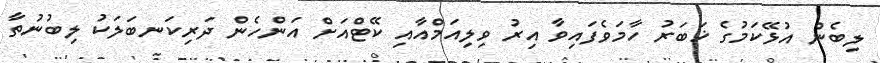
ލިބެން އުޅޭކަމުގެ ޚަބަރު ހާމަވެފައިވާ އިރު ވިލިއަމްއާއި ކޭޓްއަށް އަންހެން ދަރިކަނބަލަކު ލިބުނުތާ